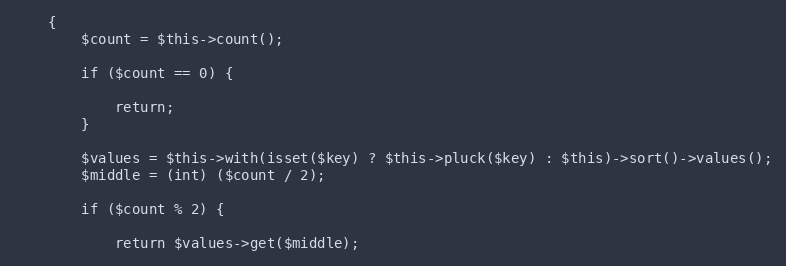
Language: PHP
    {
        $count = $this->count();

        if ($count == 0) {

            return;
        }

        $values = $this->with(isset($key) ? $this->pluck($key) : $this)->sort()->values();
        $middle = (int) ($count / 2);

        if ($count % 2) {

            return $values->get($middle);